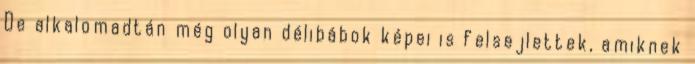
De alkalomadtán még olyan délibábok képei is felsejlettek, amiknek